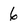
Character: 6